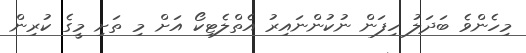
މިހެންވެ ބަދަލު ހިފަން ނުކުންނައިރު އެތްލެޓިކޯ އަށް މި ތަށި މީގެ ކުރިން